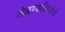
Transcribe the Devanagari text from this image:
खेळण्याविषयीची